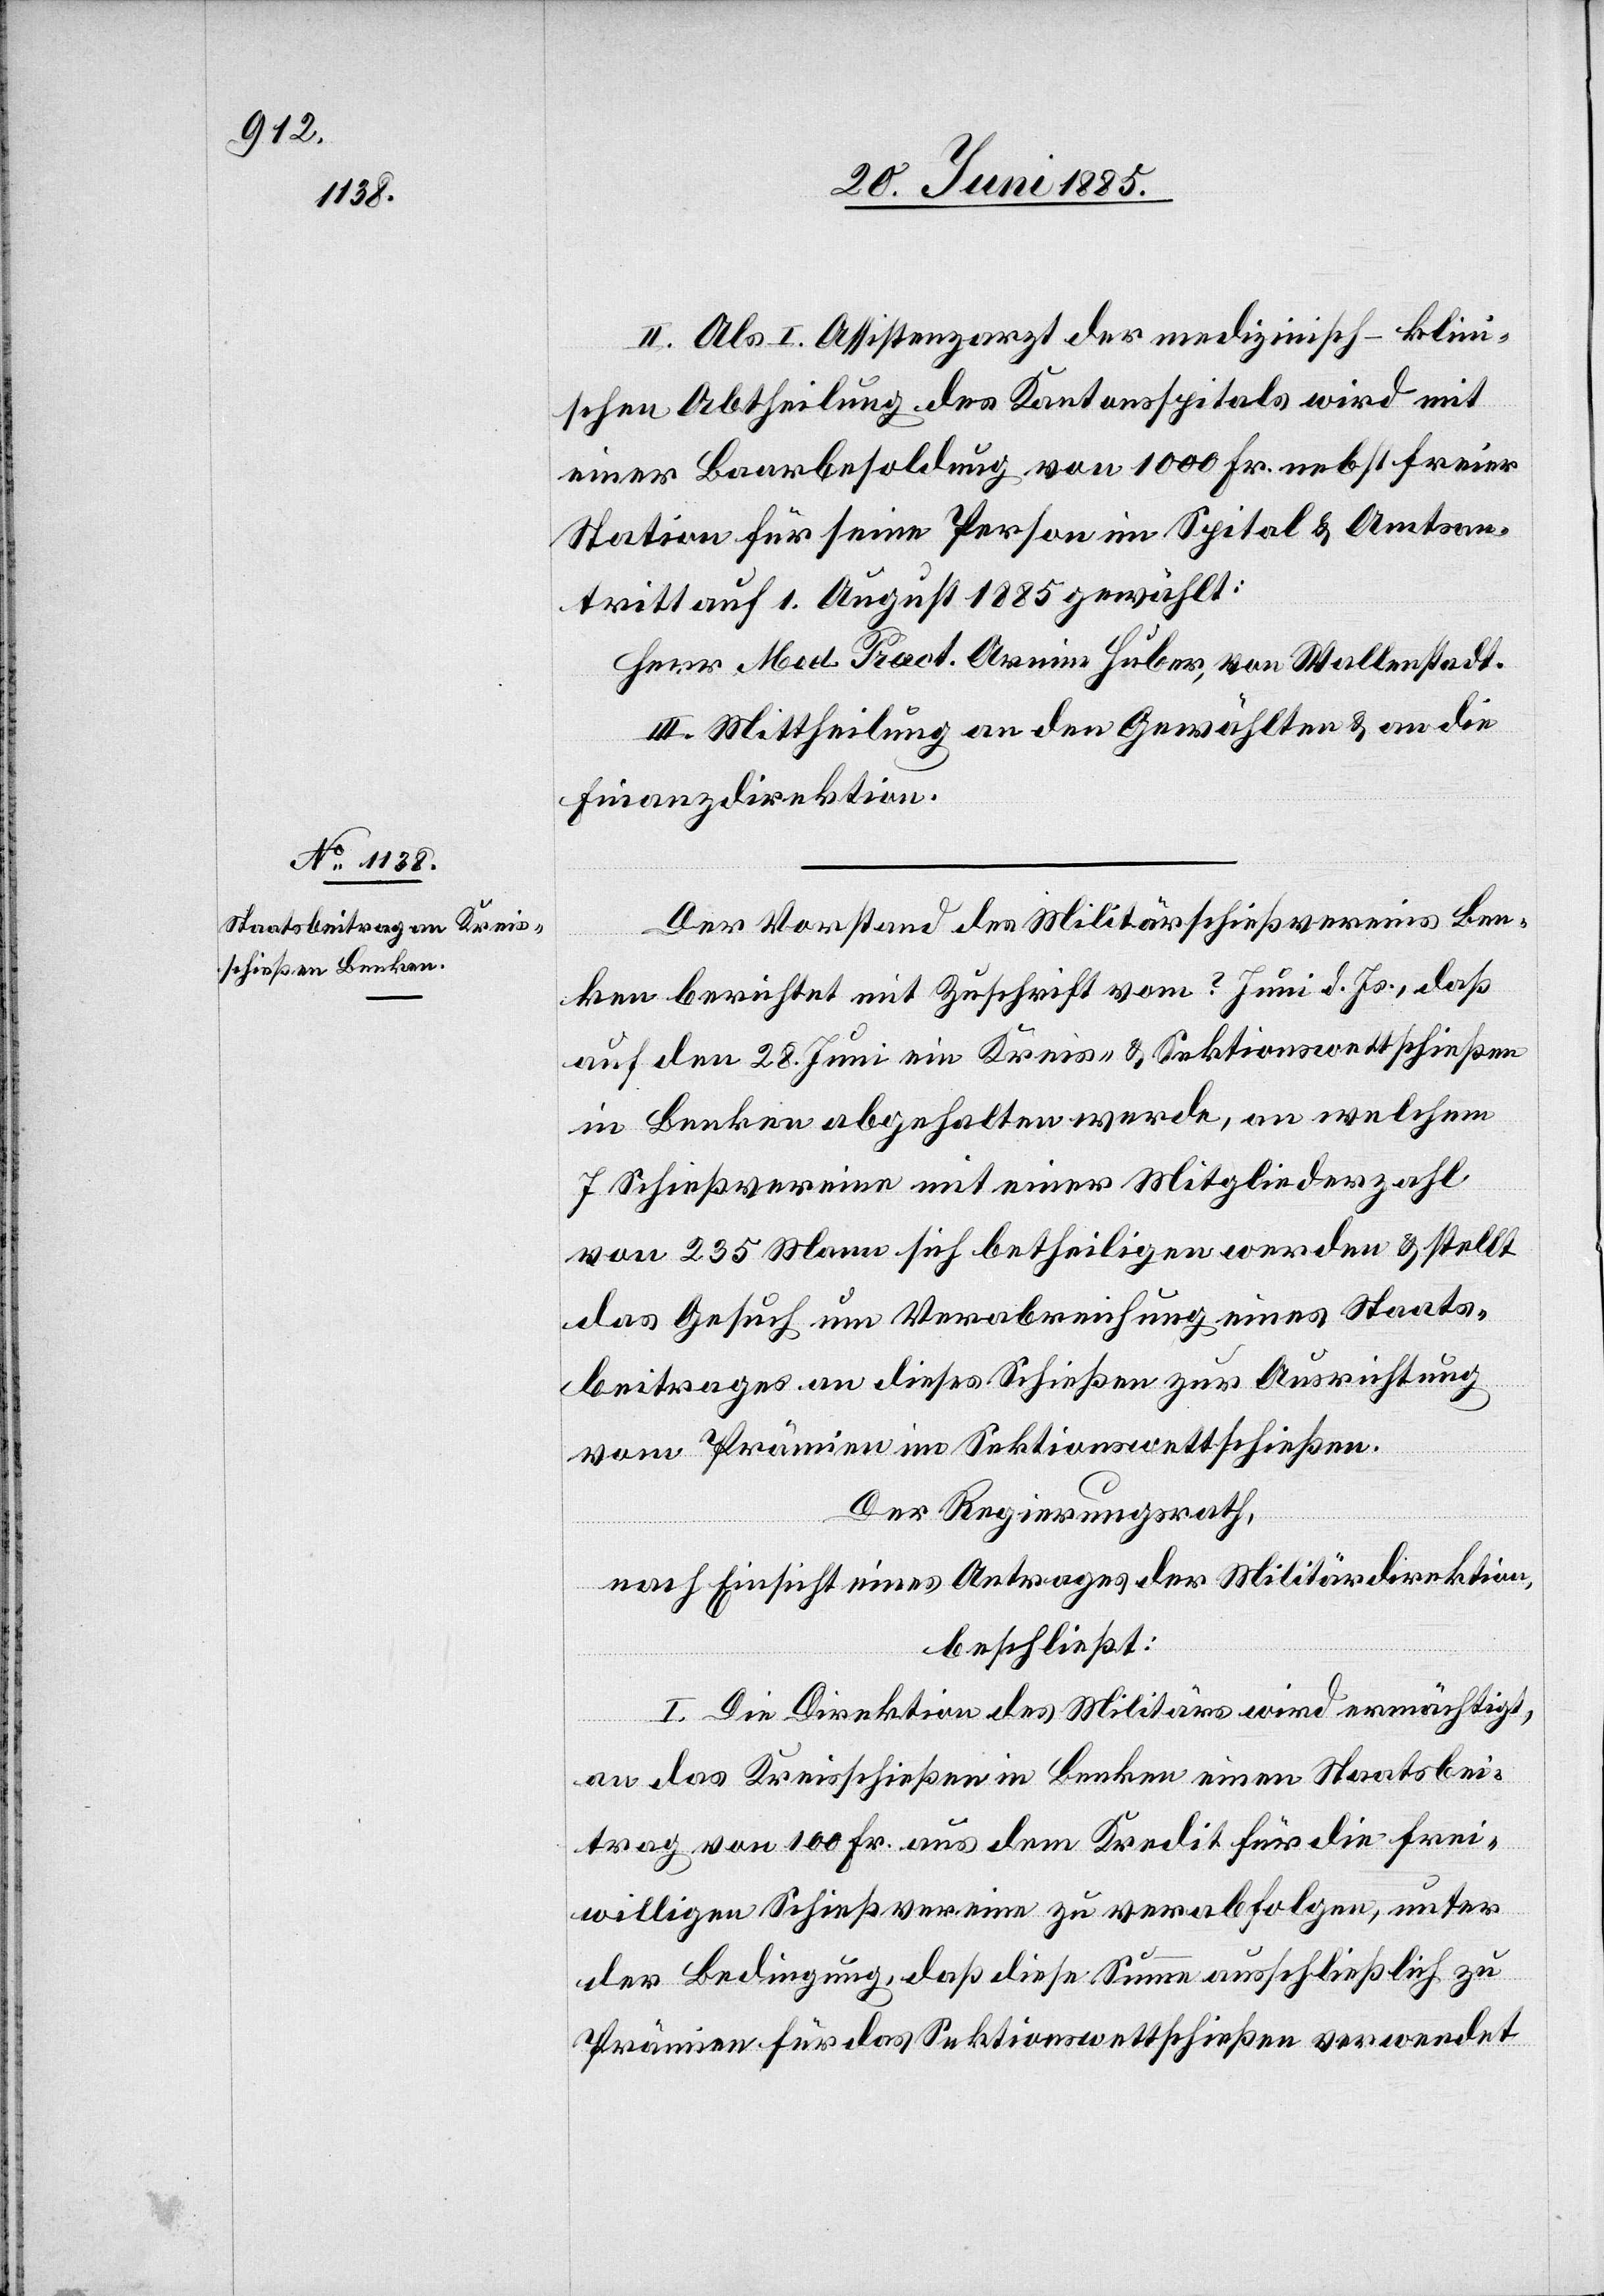
II. Als I. Assistenzarzt der medizinisch-klin¬
ischen Abtheilung des Kantonsspitals wird mit
einer Baarbesoldung von 1000 Fr. nebst freier
Station für seine Person im Spital & Amtsan¬
tritt auf 1. August 1885 gewählt:
Herr Med. Pract. Armin Huber, von Wallenstadt.
III. Mittheilung an den Gewählten & an die
Finanzdirektion.
Der Vorstand des Militärschießvereins Ben¬
ken berichtet mit Zuschrift vom ? Juni d. Js., daß
auf den 28. Juni ein Kreis- & Sektionswettschießen
in Benken abgehalten werde, an welchem
7 Schießvereine mit einer Mitgliederzahl
von 235 Mann sich betheiligen werden & stellt
das Gesuch um Verabreichung eines Staats¬
beitrages an dieses Schießen zur Ausrichtung
von Prämien im Sektionswettschießen.
Der Regierungsrath,
nach Einsicht eines Antrages der Militärdirektion,
beschließt:
I. Die Direktion des Militärs wird ermächtigt,
an das Kreisschießen in Benken einen Staatsbei¬
trag von 100 Fr. aus dem Kredit für die frei¬
willigen Schießvereine zu verabfolgen, unter
der Bedingung, daß diese Summe ausschließlich zu
Prämien für das Sektionswettschießen verwendet